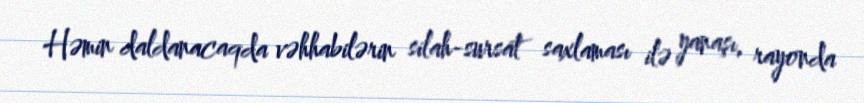
Həmin daldanacaqda vəhhabilərin silah-sursat saxlaması ilə yanaşı, rayonda